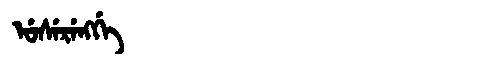
Manchu: ᡠᠰᡝᡵᡝᠩᡤᡝ
Romanization: USERENGGE